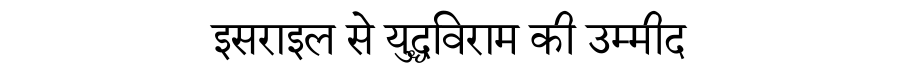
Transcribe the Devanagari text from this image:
इसराइल से युद्धविराम की उम्मीद